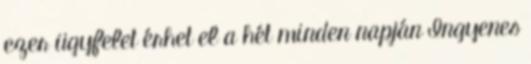
ezer ügyfelet érhet el a hét minden napján Ingyenes